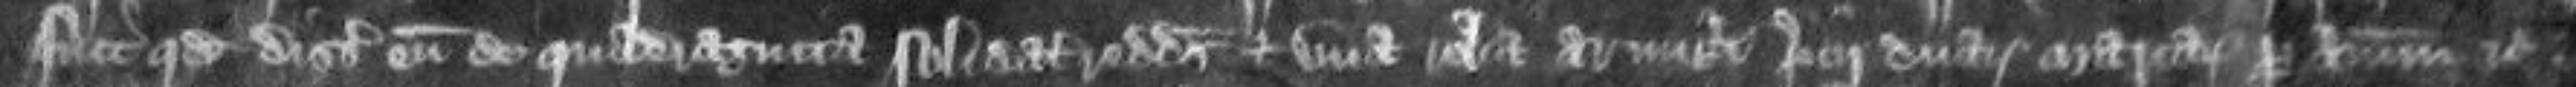
fuit quod disseisiverunt eum de quadraginta solidatis redditus et una roba armigeri precii duarum marcarum per annum etc